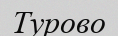
Турово